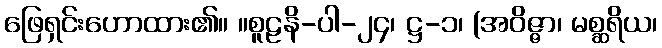
ဖြေရှင်းဟောထား၏။ ။စူဠနိ-ပါ-၂၄၊ ဋ္ဌ-၁၊ (အဝိဇ္ဇာ၊ မစ္ဆရိယ၊